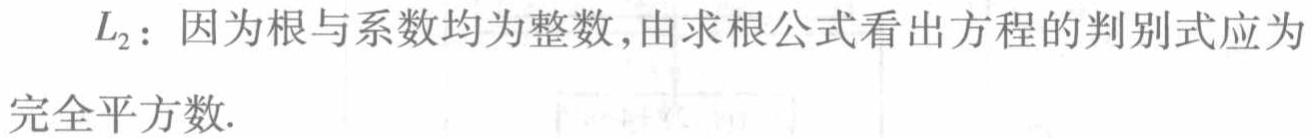
$L_{2}$：因为根与系数均为整数,由求根公式看出方程的判别式应为完全平方数.